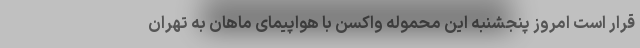
قرار است امروز پنجشنبه این محموله واکسن با هواپیمای ماهان به تهران